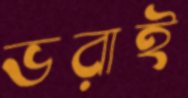
ভরাই